Calcutta medical institutions reports 1892-1900
Year: 1892
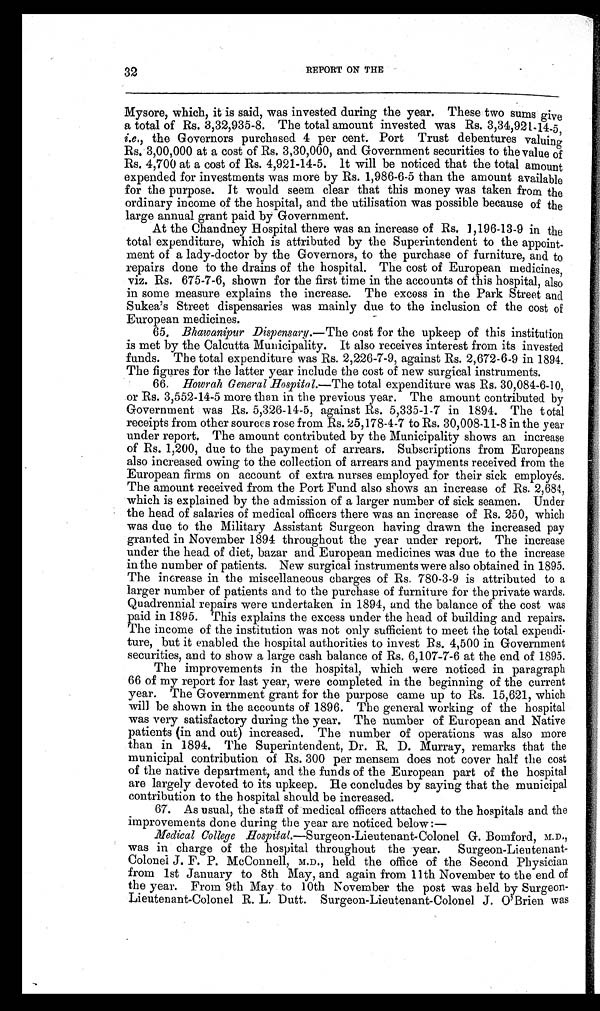
32
REPORT ON THE
Mysore, which, it is said, was invested during the year. These two sums give
a total of Rs. 3,32,935-8. The total amount invested was Rs. 3,34,921-14-5,
i.e ., the Governors purchased 4 per cent. Port Trust debentures valuing
Rs. 3,00,000 at a cost of Rs. 3,30,000, and Government securities to the value of
Rs. 4,700 at a cost of Rs. 4,921-14-5. It will be noticed that the total amount
expended for investments was more by Rs. 1,986-6-5 than the amount available
for the purpose. It would seem clear that this money was taken from the
ordinary income of the hospital, and the utilisation was possible because of the
large annual grant paid by Government.
At the Chandney Hospital there was an increase of Rs. 1,196-13-9 in the
total expenditure, which is attributed by the Superintendent to the appoint-
ment of a lady-doctor by the Governors, to the purchase of furniture, and to
repairs done to the drains of the hospital. The cost of European medicines,
viz. Rs. 675-7-6, shown for the first time in the accounts of this hospital, also
in some measure explains the increase. The excess in the Park Street and
Sukea’s Street dispensaries was mainly due to the inclusion of the cost of
European medicines.
65. Bhawanipur Dispensary. —The cost for the upkeep of this institution
is met by the Calcutta Municipality. It also receives interest from its invested
funds. The total expenditure was Rs. 2,226-7-9, against Rs. 2,672-6-9 in 1894.
The figures for the latter year include the cost of new surgical instruments.
66. Howrah General Hospital.—The total expenditure was Rs. 30,084-6-10,
or Rs. 3,552-14-5 more than in the previous year. The amount contributed by
Government was Rs. 5,326-14-5, against Rs. 5,335-1-7 in 1894. The total
receipts from other sources rose from Rs. 25,178-4-7 to Rs. 30,008-11-8 in the year
under report. The amount contributed by the Municipality shows an increase
of Rs. 1,200, due to the payment of arrears. Subscriptions from Europeans
also increased owing to the collection of arrears and payments received from the
European firms on account of extra nurses employed for their sick employés.
The amount received from the Port Fund also shows an increase of Rs. 2,684,
which is explained by the admission of a larger number of sick seamen. Under
the head of salaries of medical officers there was an increase of Rs. 250, which
was duo to the Military Assistant Surgeon having drawn the increased pay
granted in November 1894 throughout the year under report. The increase
under the head of diet, bazar and European medicines was due to the increase
in the number of patients. New surgical instruments were also obtained in 1895.
The increase in the miscellaneous charges of Rs. 780-3-9 is attributed to a
larger number of patients and to the purchase of furniture for the private wards.
Quadrennial repairs were undertaken in 1894, and the balance of the cost was
paid in 1895. This explains the excess under the head of building and repairs.
The income of the institution was not only sufficient to meet the total expendi-
ture, but it enabled the hospital authorities to invest Es. 4,500 in Government
securities, and to show a large cash balance of Rs. 6,107-7-6 at the end of 1895.
The improvements in the hospital, which were noticed in paragraph
66 of my report for last year, were completed in the beginning of the current
year. The Government grant for the purpose came up to Rs. 15,621, which
will be shown in the accounts of 1896. The general working of the hospital
was very satisfactory during the year. The number of European and Native
patients (in and out) increased. The number of operations was also more
than in 1894. The Superintendent, Dr. R. D. Murray, remarks that the
municipal contribution of Rs. 300 per mensem does not cover half the cost
of the native department, and the funds of the European part of the hospital
are largely devoted to its upkeep. He concludes by saying that the municipal
contribution to the hospital should be increased.
67. As usual, the staff of medical officers attached to the hospitals and the
improvements done during the year are noticed below:—
Medical College Hospital.—Surgeon-Lieutenant-Colonel G. Bomford, M.D.,
was in charge of the hospital throughout the year. Surgeon-Lieutenant-
Colonel J. F. P. McConnell, M.D., held the office of the Second Physician
from 1st January to 8th May, and again from 11th November to the end of
the year. From 9th May to 10th November the post was held by Surgeon-
Lieutenant-Colonel R. L. Dutt. Surgeon-Lieutenant-Colonel J. O’Brien was